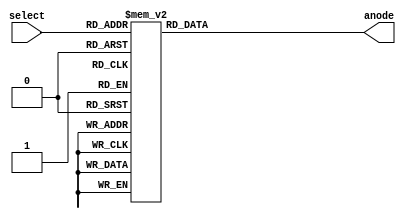
module Seg_Anode(
    input [2:0] select,
    output reg [7:0] anode
);
 
	always @(*)
	begin
		case(select)
            0: anode <= 8'b11111110;
            1: anode <= 8'b11111101;
            2: anode <= 8'b11111011;
            3: anode <= 8'b11110111; 
            4: anode <= 8'b11101111; 
            5: anode <= 8'b11011111; 
            6: anode <= 8'b10111111; 
            7: anode <= 8'b01111111; 
        endcase
    end
    
endmodule